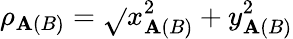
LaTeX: \rho_{\mathbf{A}(B)}=\sqrt{}{{x_{\mathbf{A}(B)}^{2}+y_{\mathbf{A}(B)}^{2}}}